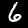
Label: 6